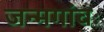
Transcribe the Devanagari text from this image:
जन्मगांवः